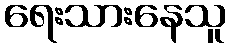
ရေးသားနေသူ